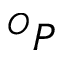
^ { O } P